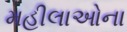
મહીલાઓના